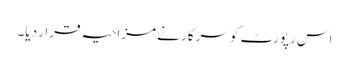
اس رپورٹ کو سرکار نے مزاحیہ قرار دیا۔